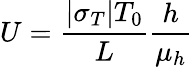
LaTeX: U=\frac{|\sigma_{T}|T_{0}}{L}\frac{h}{\mu_{h}}